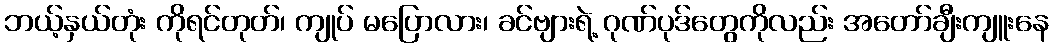
ဘယ့်နှယ်တုံး ကိုရင်တုတ်၊ ကျုပ် မပြောလား၊ ခင်ဗျားရဲ့ ဂုဏ်ပုဒ်တွေကိုလည်း အတော်ချီးကျူးနေ